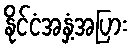
နိုင်ငံအနှံ့အပြား